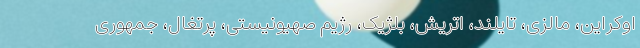
اوکراین، مالزی، تایلند، اتریش، بلژیک، رژیم صهیونیستی، پرتغال، جمهوری